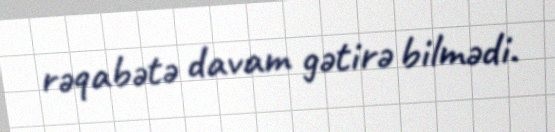
rəqabətə davam gətirə bilmədi.